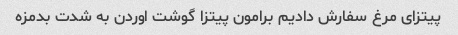
پیتزای مرغ سفارش دادیم برامون پیتزا گوشت اوردن به شدت بدمزه